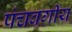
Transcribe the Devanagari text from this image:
पंचवर्गीय